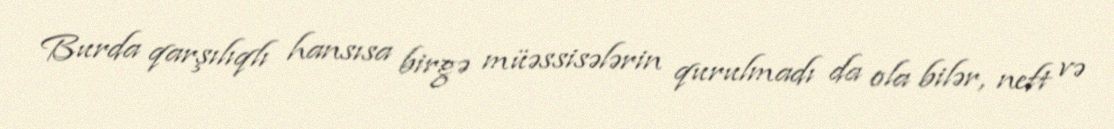
Burda qarşılıqlı hansısa birgə müəssisələrin qurulmadı da ola bilər, neft və